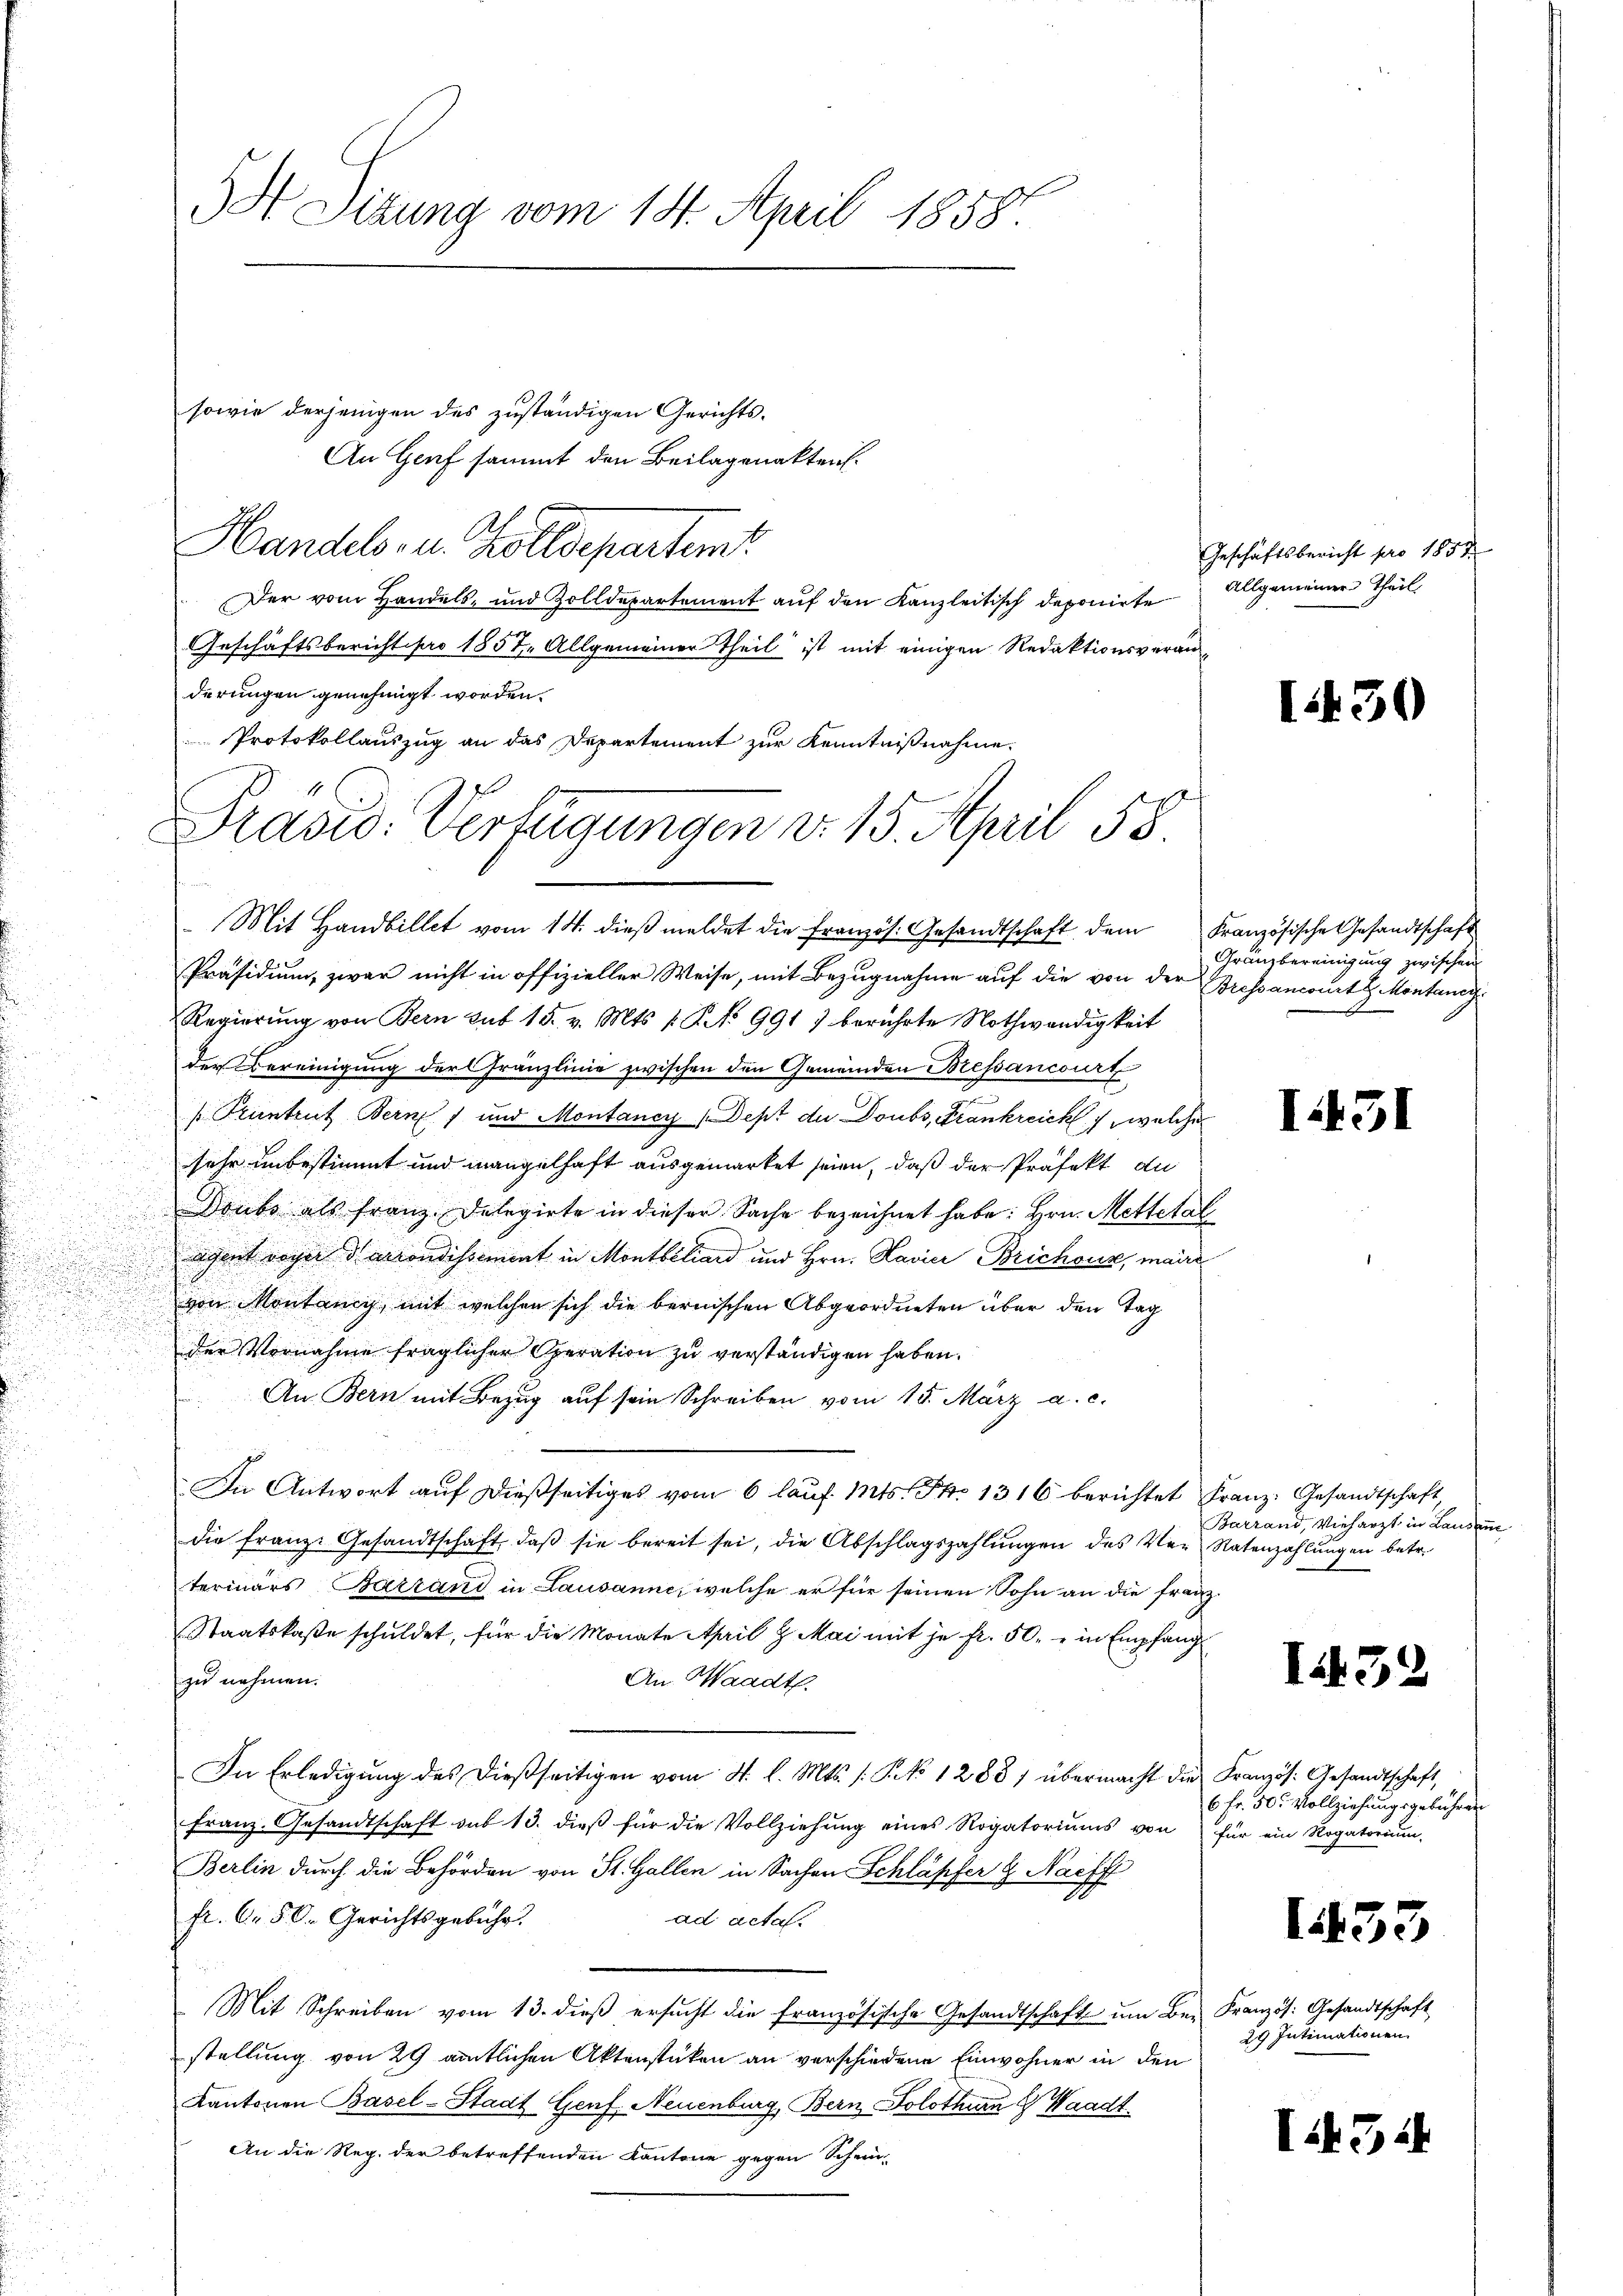
u
n
.

sowie derjenigen des zuständigen Gerichts-
An Genf sammt den Beilagenakten.
Handels- u. Zolldepartent
Der vom Handels- und Zolldepartement auf den Kanzleitisch deponirte
Geschäftsbericht pro 1857. Allgemeiner Theil ist mit einigen Redaktionsveranderungen genehmigt worden.
Präsidium, zwar nicht in offizieller Weise, mit Bezugnahme auf die von der Bressancourt H. Montanis
Regierung von Bern sub 15. v. Mts. 1. No 991) berührte Nothwendigkeit
der Bereinigung der Gränzlinie zwischen den Gemeinden Bressancourt
/Pruntrut Bern) und Montancy (Dept der Doubs, Frankreich welche
u

sehr unbestimmt und mangelhaft ausgewartet seien, daß der Präfekt du
Doubs als franz. Delegirte in dieser Sache bezeichnet habe: Hrn. Mettelal
Agent roger darrondissement in Montbiliard und Hrn. Lavici Brichoux, mairi

.
d
von Montaney, mit welchen sich die bernischen Abgeordneten über den Tag
der Vornahme fraglicher Operation zu verständigen haben.

An Bern mit Bezug auf sein Schreiben vom 15. März a. c.
In Antwort aŭf dießseitiges vom 6 laŭf. Mts. F. 1316 berichtet Franz. Gesandtschaft,
die franze Gesandtschaft, daβ sie bereit sei, die Abschlagszahlŭngen des Ver
termars Barrand in Lausanne, welche er für seinen Sohn an die Franz
Staatskaste schuldet, für die Monate April l. Mai mit je fr. 50.- in Empfang
zu nehmen.
An Waadt.
In Erledigŭng des dießseitigen vom 4. l. Mts. /: P. No 1288) übermacht die Französ. Gesandtschaft,
franz. Gesandtschaft sub 13. dieβ für die Vollziehŭng eines Rogatoriŭms von für ein Rogatoriŭm-
Berlin durch die Behörden von St. Gallen in Sachen Schläpfer & Nachf
fr. C. 50. Gerichtsgebühr.
ad acta.
Mit Schreiben vom 13. dieß ersucht die französische Gesandtschaft um Bei Französ. Gesandtschaft
stellung von 29 amtlichen Aktenstüken an verschiedene Einwohner in den
Kantonen Basel-Stadt Genf, Neuenburg, Bern Solothurn & Waadt.
An die Reg. der betreffenden Kantone gegen Schein-

St Sizung vom 14. April 18581.

Protokollauszug an das Departement zur Kenntnißnahme.
Prašid: Verfügungen d. 15. April 58
Mit Handbillet vom 14. dieβ meldet die Französ. Gesandtschaft dem Französische Gesandtschaft

Geschäftsbericht pro 1857
Allgemeiner Theil,

15

30

Gränzbereinigung zwischen

I.431

Barrand, Vieharzt in Landen
Ratenzahlungen betr.

I439

6 Fr. 50. Vollziehungsgebührer

1435

29 Intimationen

I.434